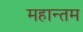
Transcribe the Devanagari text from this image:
महान्तम